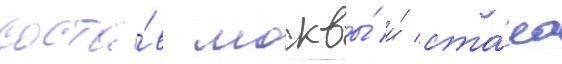
соста́в москвы́ и́ ста́ла